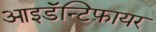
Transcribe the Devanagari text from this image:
आइडॅन्टिफ़ायर